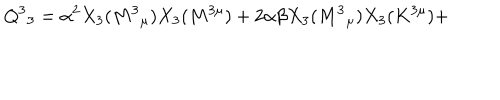
LaTeX: Q ^ { 3 } { } _ { 3 } = \alpha ^ { 2 } X _ { 3 } ( M ^ { 3 } { } _ { \mu } ) X _ { 3 } ( M ^ { 3 \mu } ) + 2 \alpha \beta X _ { 3 } ( M ^ { 3 } { } _ { \mu } ) X _ { 3 } ( K ^ { 3 \mu } ) +